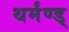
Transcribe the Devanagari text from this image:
थर्मंण्ड्